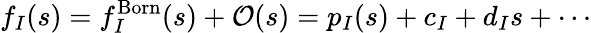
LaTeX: f_{I}(s)=f_{I}^{\mathrm{Born}}(s)+{\cal O}(s)=p_{I}(s)+c_{I}+d_{I}s+\cdots